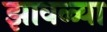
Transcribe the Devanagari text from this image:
झावळ्या